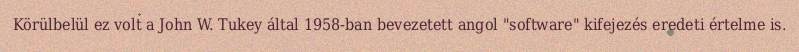
Körülbelül ez volt a John W. Tukey által 1958-ban bevezetett angol "software" kifejezés eredeti értelme is.